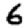
Digit: 6